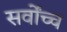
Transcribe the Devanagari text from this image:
सर्वोंच्च